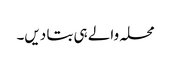
محلہ والے ہی بتا دیں۔